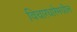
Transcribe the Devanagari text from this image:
विचारधारेमधील